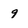
Character: 9